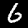
Label: 6